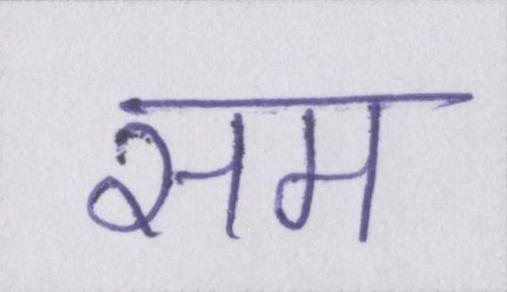
सम